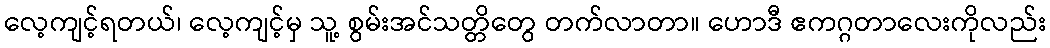
လေ့ကျင့်ရတယ်၊ လေ့ကျင့်မှ သူ့ စွမ်းအင်သတ္တိတွေ တက်လာတာ။ ဟောဒီ ဧကဂ္ဂတာလေးကိုလည်း